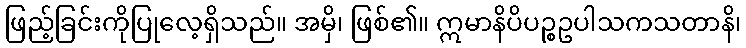
ဖြည့်ခြင်းကိုပြုလေ့ရှိသည်။ အမှိ၊ ဖြစ်၏။ ဣမာနိပိပဉ္စဥပါသကသတာနိ၊